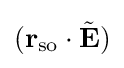
(\mathbf {r} _{\rm {so}}\cdot {\tilde {\mathbf {E} }})